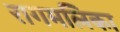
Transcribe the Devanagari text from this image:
रागमलिका